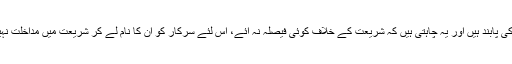
مسلم عورتیں شریعت کی پابند ہیں اور یہ چاہتی ہیں کہ شریعت کے خلاف کوئی فیصلہ نہ آئے، اس لئے سرکار کو ان کا نام لے کر شریعت میں مداخلت نہیں کرنے دیا جائے گا۔